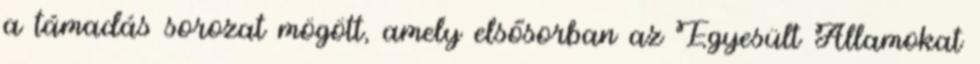
a támadás sorozat mögött, amely elsősorban az Egyesült Államokat